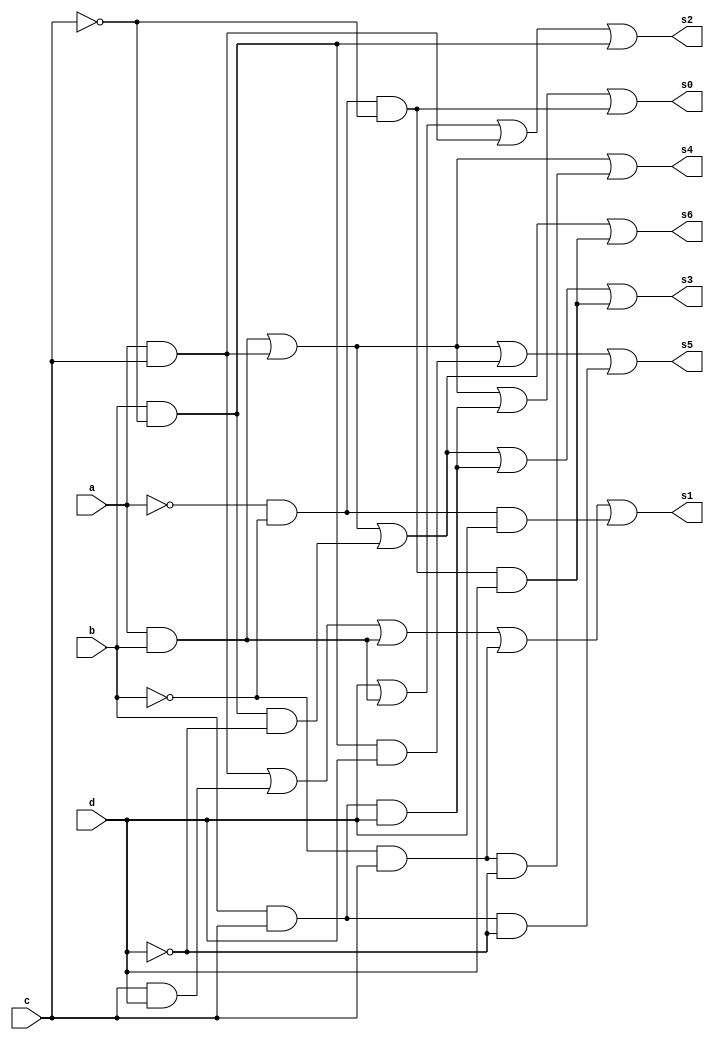
module bcd7segs (a, b, c, d, s0, s1, s2, s3, s4, s5, s6);
	input a, b, c, d;
	output s0, s1, s2, s3, s4, s5, s6;
	
	wire [0:20] T;
	wire [0:4] inv;
	
	not not0(inv[0], a);
	not not1(inv[1], b);
	not not2(inv[2], c);
	not not3(inv[3], d);
	
	and andAB(T[0], a, b);
	and andAC(T[1], a, c);
	and andAD(T[2], a, d);
	and andBC(T[3], b, c);
	and andBD(T[4], b, d);
	and andCD(T[5], c, d);
	
	//g = AC + AB +!A!B!C + BCD
	and and0(T[6], inv[0], inv[1], inv[2]);
	and and10(T[16], T[3], d);
	or or0(s0, T[0], T[1], T[16], T[6]);
	
	//f = AC + CD + AB + !BC + !A!BD
	and and1(T[7], inv[1], c);
	and and2(T[8], inv[0], inv[1], d);
	or or1(s1, T[1], T[5], T[0], T[7], T[8]);
	
	//e = D + AB + AC + B!C
	and and3(T[9], b, inv[2]);
	or or2(s2, d, T[0], T[1], T[9]);
	
	//d = AC + AB  + B!C!D +  BCD +!A!B!CD 
	and and7(T[13], b, inv[2], inv[3]);
	and and8(T[14], T[3], d);
	and and9(T[15], inv[0], inv[1], inv[2], d);
	or or3(s3, T[1], T[0], T[13], T[14], T[15]);
	
	//c = AC + AB + !BC!D
	and and4(T[10], inv[1], c, inv[3]);
	or or4(s4, T[1], T[0], T[10]);
	
	//b = AC + AB + B!CD + BC!D
	and and11(T[17], b, inv[2], d);
	and and12(T[18], b, c, inv[3]);
	or or5(s5, T[1], T[0], T[17], T[18]);
	
	//a = AC + AB + B!C!D + !A!B!CD
	and and5(T[11], b, inv[2], inv[3]);
	and and6(T[12], inv[0], inv[1], inv[2], d);
	or or6(s6, T[1], T[0], T[11], T[12]);
endmodule